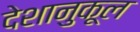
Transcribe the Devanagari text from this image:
देशानुकूल